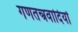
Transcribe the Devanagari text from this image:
गणतन्त्रवादियों